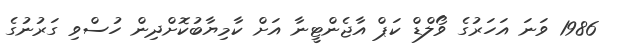
1986 ވަނަ އަހަރުގެ ވޯލްޑް ކަޕް އާޖެންޓީނާ އަށް ކާމިޔާބުކޮށްދިން ހުސްވި ގަރުނުގެ